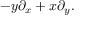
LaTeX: - y \partial _ { x } + x \partial _ { y } .